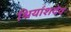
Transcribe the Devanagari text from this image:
श्रियांशदेव